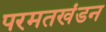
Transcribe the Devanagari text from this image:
परमतखंडन